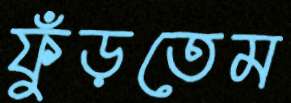
ফুঁড়তেম